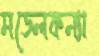
মডেলকন্যা